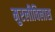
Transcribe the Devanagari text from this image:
मुरलीविलास